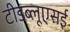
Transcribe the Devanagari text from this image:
टीडब्लूएसई